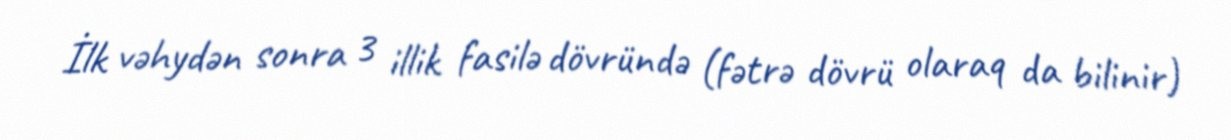
İlk vəhydən sonra 3 illik fasilə dövründə (fətrə dövrü olaraq da bilinir)